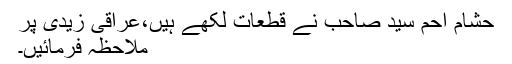
حشام احم سید صاحب نے قطعات لکھے ہیں،عراقی زیدی پر
ملاحظہ فرمائیں۔